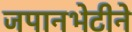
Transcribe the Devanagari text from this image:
जपानभेटीने